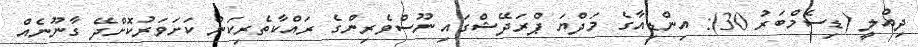
ދިއްލީ (ޑިސެމްބަރު 30): އިންޑިއާގެ މަދްޔަ ޕްރަދޭޝްގައި ނޫސްވެރިންގެ ރައްކާތެރިކަން ކަށަވަރުކޮށްދޭ ގާނޫނެއް